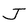
Character: J